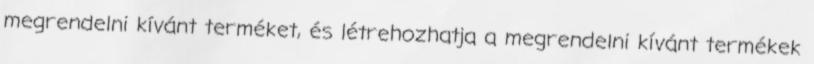
megrendelni kívánt terméket, és létrehozhatja a megrendelni kívánt termékek